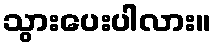
သွားပေးပါလား။